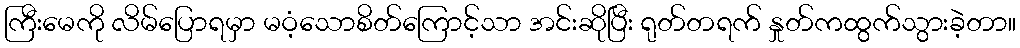
ကြီးမေကို လိမ်ပြောရမှာ မဝံ့သောစိတ်ကြောင့်သာ အင်းဆိုပြီး ရုတ်တရက် နှုတ်ကထွက်သွားခဲ့တာ။